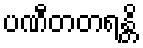
ပဏီတတရန္တိ